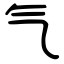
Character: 气